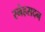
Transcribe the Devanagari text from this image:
स्नेहसदन